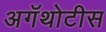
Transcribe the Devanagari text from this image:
अगॅथोटीस